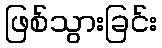
ဖြစ်သွားခြင်း